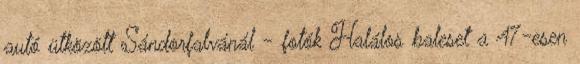
autó ütközött Sándorfalvánál - fotók Halálos baleset a 47-esen